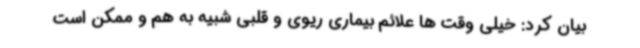
بیان کرد: خیلی وقت ها علائم بیماری ریوی و قلبی شبیه به هم و ممکن است